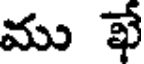
ము ఖే